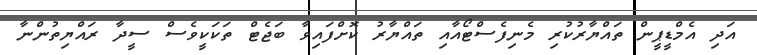
އަދި އެމްޑީޕީން ތައްޔާރުކުރި މެނިފެސްޓޯއާއި ތައްޔާރު ކޮށްފައިވާ ބަޖެޓް ތަކަކީވެސް ސީދާ ރައްޔިތުންނާ